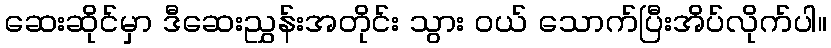
ဆေးဆိုင်မှာ ဒီဆေးညွှန်းအတိုင်း သွား ဝယ် သောက်ပြီးအိပ်လိုက်ပါ။